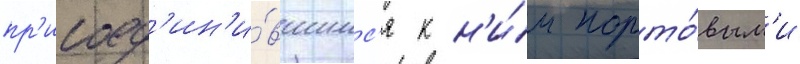
пр'исоед'ин'и́вшимс'я к н'и́м порто́вым'и